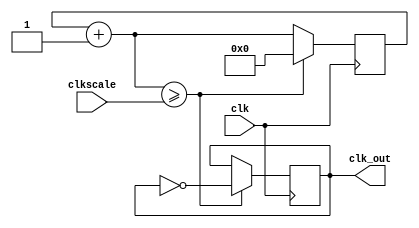
//`timescale 1ns / 1ps
//////////////////////////////////////////////////////////////////////////////////
// Company: Trinity College Dublin
// 
// Module Name: clockDivider.v
// 
////////////////////////////////////////////////////////////////////////////////////

module clockDivider(
    // Declare variables
    input wire clk,
    input wire [31:0] clkscale,
    output reg clk_out
    );
    
    // Counter count every clkscale clk cycle
    reg[31:0] counter = 0;
    
    always@(posedge clk) begin
        counter = counter + 1;
        // Only count every clkscale clk cycle
        if(counter >= clkscale) begin
            // Set output clock opposite of itself and reset counter
            clk_out=~clk_out;
            counter=0;
        end
    end
endmodule